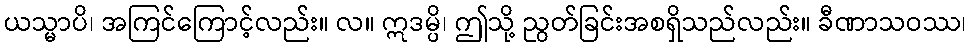
ယသ္မာပိ၊ အကြင်ကြောင့်လည်း။ လ။ ဣဒမ္ပိ၊ ဤသို့ ညွတ်ခြင်းအစရှိသည်လည်း။ ခီဏာသဝဿ၊